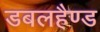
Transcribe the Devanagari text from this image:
डबलहैण्ड